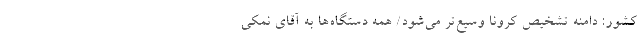
کشور: دامنه تشخیص کرونا وسیع‌تر می‌شود/ همه دستگاه‌ها به آقای نمکی